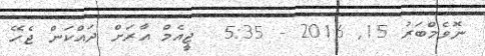
ނޮވެމްބަރު 15